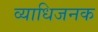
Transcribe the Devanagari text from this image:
व्‍याधिजनक